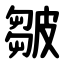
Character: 皺